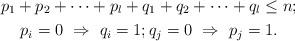
LaTeX: \begin{gather*}p_1+p_2+\dots+p_l+q_1+q_2+\dots+q_l\leq n;\\ p_i=0\ \Rightarrow\ q_i=1;q_j=0\ \Rightarrow\ p_j=1.\end{gather*}